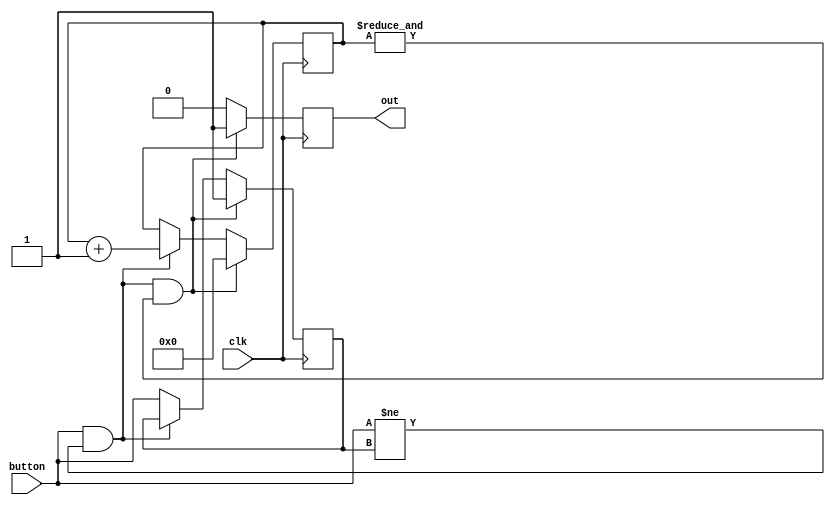
module Debounce(
    input clk, 
    input button,
    output reg out 
);

reg previous_state;
reg [21:0]Count; //assume count is null on FPGA configuration

//--------------------------------------------
always @(posedge clk) begin 
    // implement your logic here
 if (button && button != previous_state && &Count) begin		// reset block
    out <= 1'b1;					// reset the output to 1
	 Count <= 0;
	 previous_state <= 1;
  end 
  else if (button && button != previous_state) begin
	 out <= 1'b0;
	 Count <= Count + 1'b1;
  end 
  else begin
	 out <= 1'b0;
	 previous_state <= button;
  end

end 


endmodule